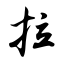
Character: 拉